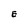
Character: E